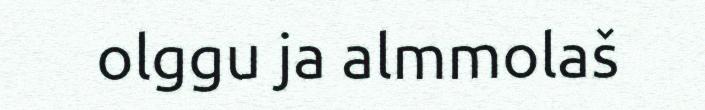
olggu ja almmolaš